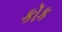
કૉક